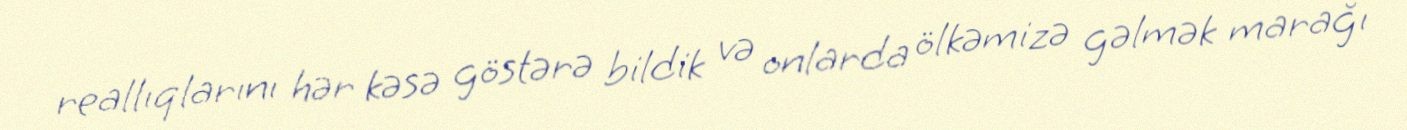
reallıqlarını hər kəsə göstərə bildik və onlarda ölkəmizə gəlmək marağı